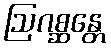
ဩဂစ္ဆန္တေ